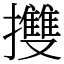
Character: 㩳